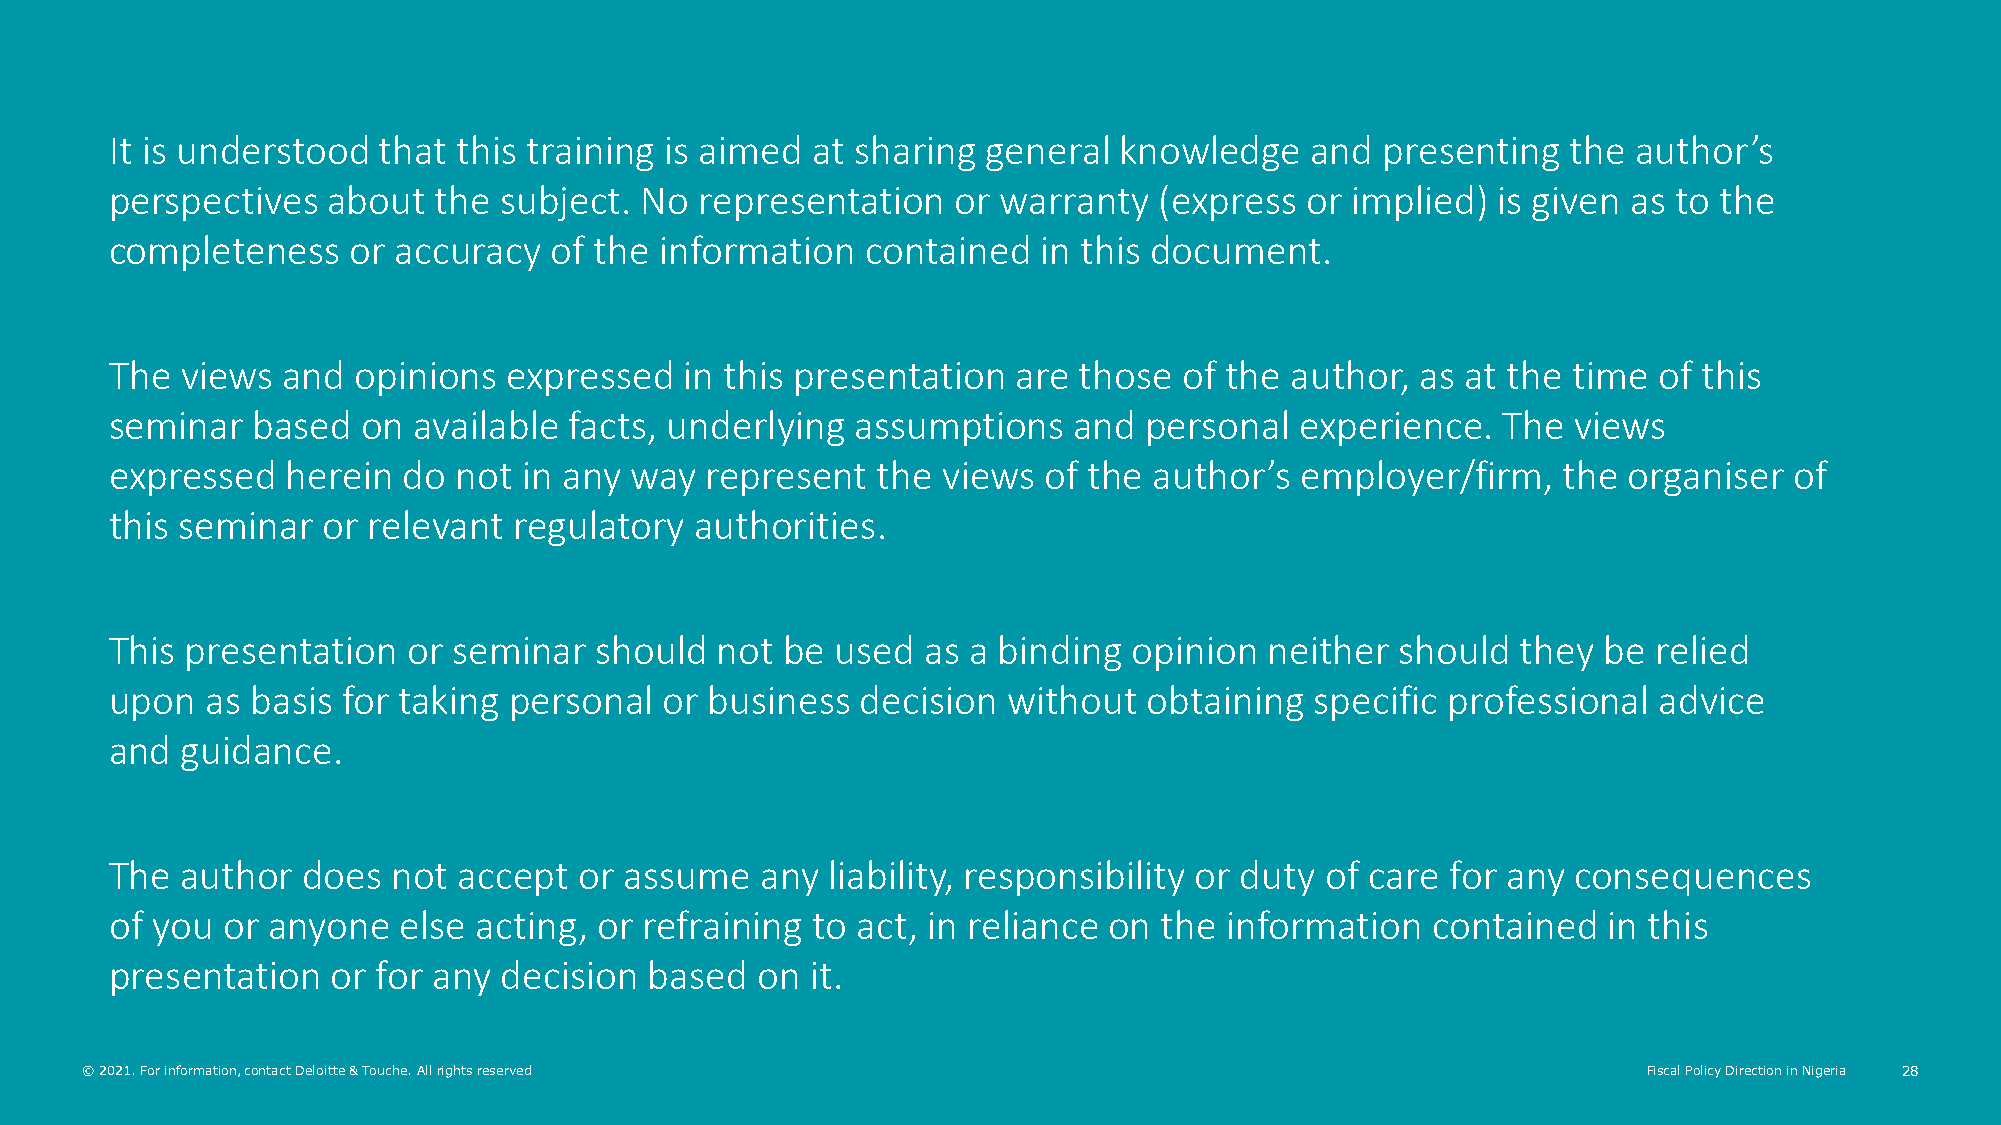
It is understood  that this training is aimed  at sharing general  knowledge    and  presenting  the author’s
 perspectives   about  the subject. No  representation   or warranty   (express or implied)  is given as to the
 completeness    or accuracy  of the  information  contained   in this document.
 The  views  and opinions   expressed  in this presentation  are those  of the author,  as at the time  of this
 seminar   based  on available  facts, underlying  assumptions   and  personal  experience.  The  views
 expressed   herein  do not  in any way  represent  the views  of the author’s  employer/firm,   the  organiser  of
 this seminar  or relevant  regulatory  authorities.
 This presentation   or seminar  should  not  be used  as a binding  opinion  neither  should  they be  relied
 upon   as basis for taking personal  or business  decision  without  obtaining  specific professional  advice
 and  guidance.
 The  author  does  not accept  or assume   any  liability, responsibility or duty of care for any consequences
 of you  or anyone  else acting,  or refraining to act, in reliance on the information   contained  in this
 presentation   or for any decision  based  on  it.
 © 2021. For information, contact Deloitte & Touche. All rights reserved                                 Fiscal Policy Direction in Nigeria 28